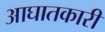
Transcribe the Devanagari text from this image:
आघातकारी